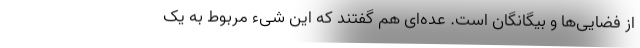
از فضایی‌ها و بیگانگان است. عده‌ای هم گفتند که این شیء مربوط به یک